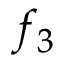
f _ { 3 }